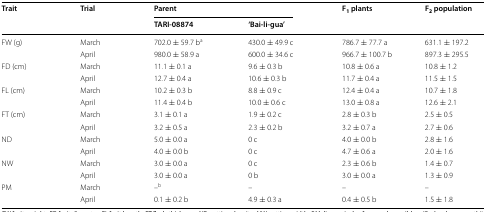
<table><thead><tr><td rowspan="2"><b>Trait</b></td><td rowspan="2"><b>Trial</b></td><td colspan="2"><b>Parent</b></td><td rowspan="2"><b>F<sub>1</sub> plants</b></td><td rowspan="2"><b>F<sub>2</sub> population</b></td></tr><tr><td><b>TARI-08874</b></td><td><b>‘Bai-li-gua’</b></td></tr></thead><tbody><tr><td rowspan="2">FW (g)</td><td>March</td><td>702.0 ± 59.7 b<sup>a</sup></td><td>430.0 ± 49.9 c</td><td>786.7 ± 77.7 a</td><td>631.1 ± 197.2</td></tr><tr><td>April</td><td>980.0 ± 58.9 a</td><td>600.0 ± 34.6 c</td><td>966.7 ± 100.7 b</td><td>897.3 ± 295.5</td></tr><tr><td rowspan="2">FD (cm)</td><td>March</td><td>11.1 ± 0.1 a</td><td>9.6 ± 0.3 b</td><td>10.8 ± 0.6 a</td><td>10.8 ± 1.2</td></tr><tr><td>April</td><td>12.7 ± 0.4 a</td><td>10.6 ± 0.3 b</td><td>11.7 ± 0.4 a</td><td>11.5 ± 1.5</td></tr><tr><td rowspan="2">FL (cm)</td><td>March</td><td>10.2 ± 0.3 b</td><td>8.8 ± 0.9 c</td><td>12.4 ± 0.4 a</td><td>10.7 ± 1.8</td></tr><tr><td>April</td><td>11.4 ± 0.4 b</td><td>10.0 ± 0.6 c</td><td>13.0 ± 0.8 a</td><td>12.6 ± 2.1</td></tr><tr><td rowspan="2">FT (cm)</td><td>March</td><td>3.1 ± 0.1 a</td><td>1.9 ± 0.2 c</td><td>2.8 ± 0.3 b</td><td>2.5 ± 0.5</td></tr><tr><td>April</td><td>3.2 ± 0.5 a</td><td>2.3 ± 0.2 b</td><td>3.2 ± 0.7 a</td><td>2.7 ± 0.6</td></tr><tr><td rowspan="2">ND</td><td>March</td><td>5.0 ± 0.0 a</td><td>0 c</td><td>4.0 ± 0.0 b</td><td>2.8 ± 1.6</td></tr><tr><td>April</td><td>4.0 ± 0.0 b</td><td>0 c</td><td>4.7 ± 0.6 a</td><td>2.0 ± 1.6</td></tr><tr><td rowspan="2">NW</td><td>March</td><td>3.0 ± 0.0 a</td><td>0 c</td><td>2.3 ± 0.6 b</td><td>1.4 ± 0.7</td></tr><tr><td>April</td><td>3.0 ± 0.0 a</td><td>0 b</td><td>3.0 ± 0.0 a</td><td>1.3 ± 0.9</td></tr><tr><td rowspan="2">PM</td><td>March</td><td>–<sup>b</sup></td><td>–</td><td>–</td><td>–</td></tr><tr><td>April</td><td>0.1 ± 0.2 b</td><td>4.9 ± 0.3 a</td><td>0.4 ± 0.5 b</td><td>1.5 ± 1.8</td></tr></tbody></table>